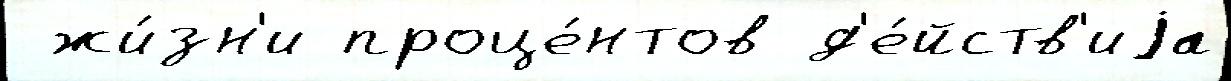
 жи́зн'и проце́нтов д'е́йств'иjа